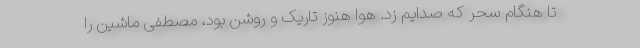
تا هنگام سحر که صدایم زد. هوا هنوز تاریک و روشن بود، مصطفی ماشین را